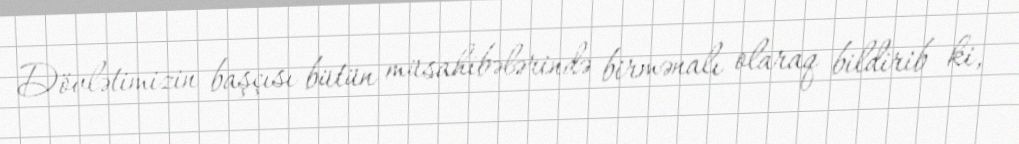
Dövlətimizin başçısı bütün müsahibələrində birmənalı olaraq bildirib ki,